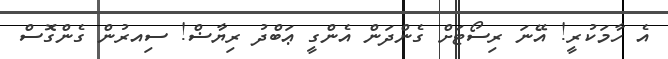
އެ ހާމަކުރީ! އޭނަ ރިސޯޓަށް ގެންދަން އެންގީ ޢަބްދު ރިޔާޟް! ސިއރުން ގެންގޮސް